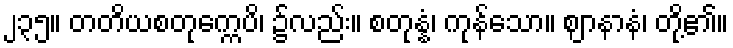
၂၃၅။ တတိယစတုက္ကေပိ၊ ၌လည်း။ စတုန္နံ၊ ကုန်သော။ ဈာနာနံ၊ တို့၏။